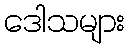
ဒေါသများ